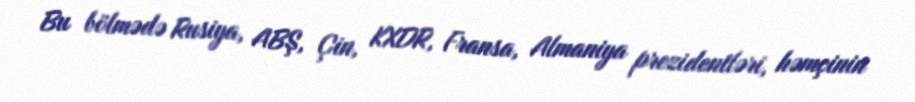
Bu bölmədə Rusiya, ABŞ, Çin, KXDR, Fransa, Almaniya prezidentləri, həmçinin